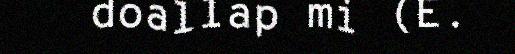
doallap mi (E.